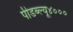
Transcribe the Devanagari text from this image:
पीडब्ल्यू४०००